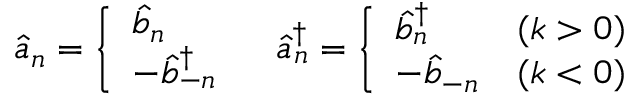
\hat { a } _ { n } = \left\{ \begin{array} { l } { { \hat { b } _ { n } } } \\ { { - \hat { b } _ { - n } ^ { \dagger } } } \end{array} \right. \; \; \; \hat { a } _ { n } ^ { \dagger } = \left\{ \begin{array} { l l } { { \hat { b } _ { n } ^ { \dagger } } } & { { ( k > 0 ) } } \\ { { - \hat { b } _ { - n } } } & { { ( k < 0 ) } } \end{array} \right.